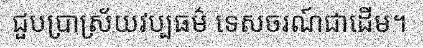
ជួបប្រាស្រ័យវប្បធម៌ ទេសចរណ៍ជាដើម។